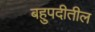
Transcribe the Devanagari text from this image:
बहुपदीतील